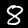
Digit: 8